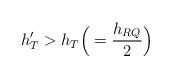
LaTeX: \begin{align*}h_{T}'>h_{T}\Big(=\frac{h_{RQ}}{2}\Big)\end{align*}